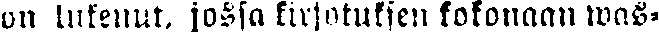
on lukenut, jossa kirjotuksen kokonaan was-